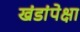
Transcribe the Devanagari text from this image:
खंडांपेक्षा